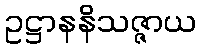
ဥဋ္ဌာနနိသဇ္ဇာယ